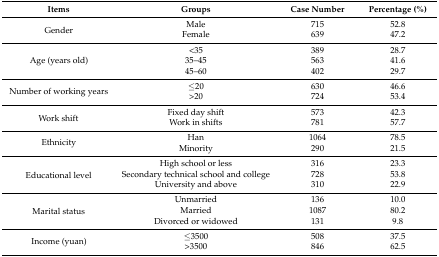
<table><thead><tr><td><b>Items</b></td><td><b>Groups</b></td><td><b>Case Number</b></td><td><b>Percentage (%)</b></td></tr></thead><tbody><tr><td rowspan="2">Gender</td><td>Male</td><td>715</td><td>52.8</td></tr><tr><td>Female</td><td>639</td><td>47.2</td></tr><tr><td rowspan="3">Age (years old)</td><td>&lt;35</td><td>389</td><td>28.7</td></tr><tr><td>35–45</td><td>563</td><td>41.6</td></tr><tr><td>45–60</td><td>402</td><td>29.7</td></tr><tr><td rowspan="2">Number of working years</td><td>≤20</td><td>630</td><td>46.6</td></tr><tr><td>&gt;20</td><td>724</td><td>53.4</td></tr><tr><td rowspan="2">Work shift</td><td>Fixed day shift</td><td>573</td><td>42.3</td></tr><tr><td>Work in shifts</td><td>781</td><td>57.7</td></tr><tr><td rowspan="2">Ethnicity</td><td>Han</td><td>1064</td><td>78.5</td></tr><tr><td>Minority</td><td>290</td><td>21.5</td></tr><tr><td rowspan="3">Educational level</td><td>High school or less</td><td>316</td><td>23.3</td></tr><tr><td>Secondary technical school and college</td><td>728</td><td>53.8</td></tr><tr><td>University and above</td><td>310</td><td>22.9</td></tr><tr><td rowspan="3">Marital status</td><td>Unmarried</td><td>136</td><td>10.0</td></tr><tr><td>Married</td><td>1087</td><td>80.2</td></tr><tr><td>Divorced or widowed</td><td>131</td><td>9.8</td></tr><tr><td rowspan="2">Income (yuan)</td><td>≤3500</td><td>508</td><td>37.5</td></tr><tr><td>&gt;3500</td><td>846</td><td>62.5</td></tr></tbody></table>